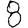
Digit: 8